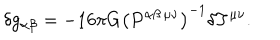
\delta g _ { \alpha \beta } = - 1 6 \pi G \left( P ^ { \alpha \beta \, \mu \nu } \right) ^ { - 1 } \delta T ^ { \mu \nu } .